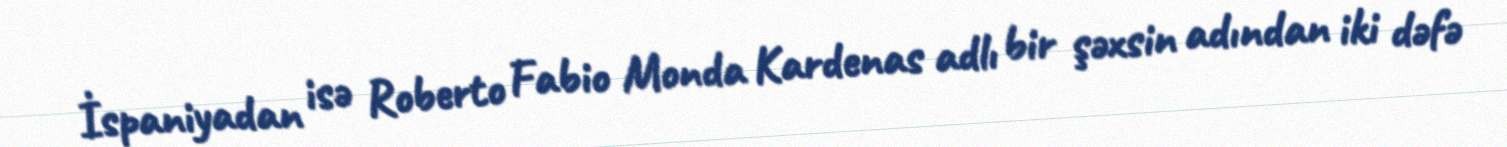
İspaniyadan isə Roberto Fabio Monda Kardenas adlı bir şəxsin adından iki dəfə